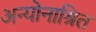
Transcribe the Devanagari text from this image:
अन्योनाश्रित